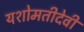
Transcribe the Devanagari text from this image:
यशोमतीदेवी